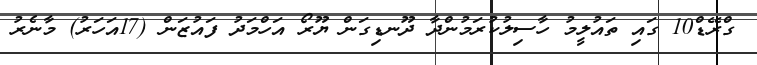
ގްރޭޑް10 ގައި ތައުލީމު ހާސިލުކުރަމުންދާ ދޫނޑިގަން ޔޫރޯ އަހްމަދު ފައުޒަން (17އަހަރު) މާނެރު